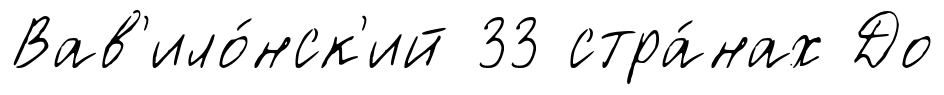
Вав'ило́нск'ий 33 стра́нах До